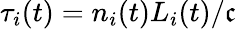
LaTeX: \tau_{i}(t)=n_{i}(t)L_{i}(t)/\mathfrak{c}